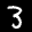
Label: 3